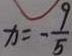
x = - \frac { 9 } { 5 }